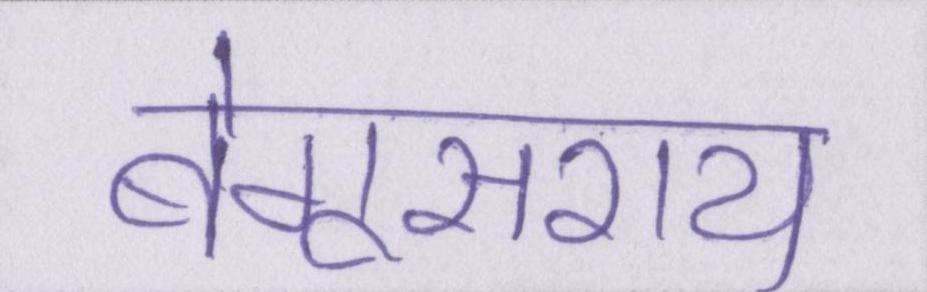
बेगूसराय